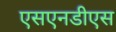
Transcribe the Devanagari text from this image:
एसएनडीएस